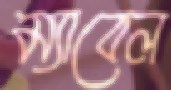
ম্যাবেল